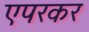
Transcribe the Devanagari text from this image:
एपरकर